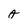
Character: A